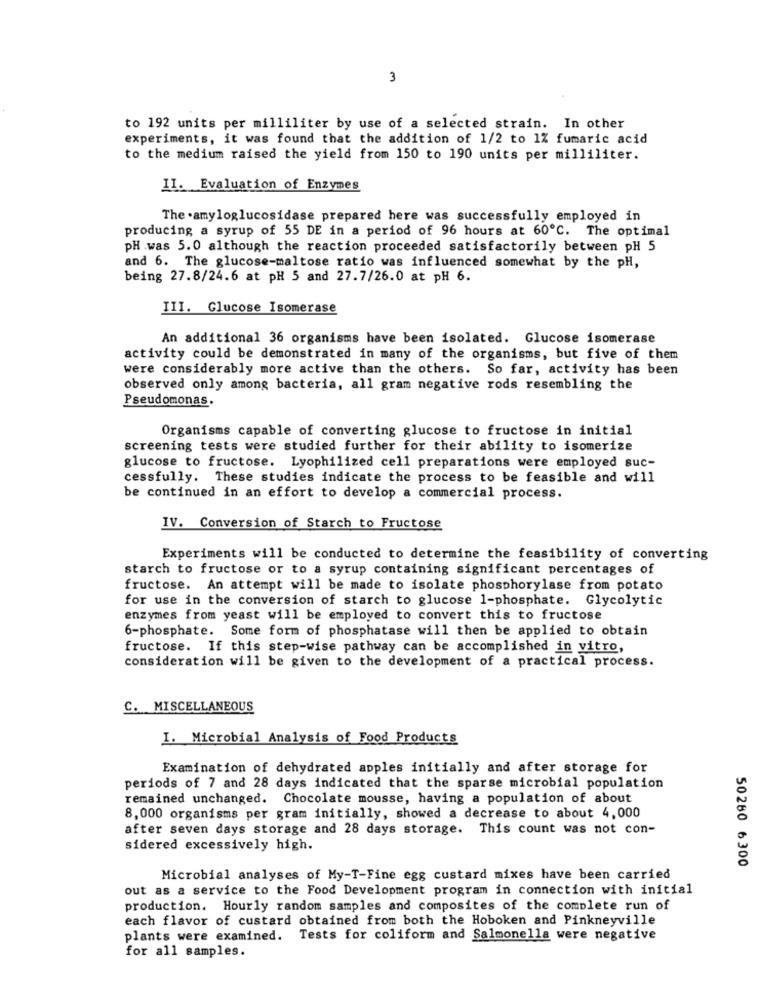
3
to 192 units per milliliter by use of a selected strain. In other
experiments, it was found that the addition of 1/2 to 1% fumaric acid
to the medium raised the yield from 150 to 190 units per milliliter.
II. Evaluation of Enzymes
The . amyloglucosidase prepared here was successfully employed in
producing a syrup of 55 DE in a period of 96 hours at 60℃. The optimal
pH was 5.0 although the reaction proceeded satisfactorily between pH 5
and 6. The glucose-maltose ratio was influenced somewhat by the pH,
being 27.8/24.6 at pH 5 and 27.7/26.0 at pH 6.
III. Glucose Isomerase
An additional 36 organisms have been isolated. Glucose isomerase
activity could be demonstrated in many of the organisms, but five of them
were considerably more active than the others. So far, activity has been
observed only among bacteria, all gram negative rods resembling the
Pseudomonas.
Organisms capable of converting glucose to fructose in initial
screening tests were studied further for their ability to isomerize
glucose to fructose. Lyophilized cell preparations were employed suc-
cessfully. These studies indicate the process to be feasible and will
be continued in an effort to develop a commercial process.
IV. Conversion of Starch to Fructose
Experiments will be conducted to determine the feasibility of converting
starch to fructose or to a syrup containing significant percentages of
fructose. An attempt will be made to isolate phosphorylase from potato
for use in the conversion of starch to glucose 1-phosphate. Glycolytic
enzymes from yeast will be employed to convert this to fructose
6-phosphate. Some form of phosphatase will then be applied to obtain
fructose. If this step-wise pathway can be accomplished in vitro,
consideration will be given to the development of a practical process.
C. MISCELLANEOUS
I. Microbial Analysis of Food Products
Examination of dehydrated apples initially and after storage for
periods of 7 and 28 days indicated that the sparse microbial population
remained unchanged. Chocolate mousse, having a population of about
8,000 organisms per gram initially, showed a decrease to about 4,000
after seven days storage and 28 days storage. This count was not con-
sidered excessively high.
50260 6300
Microbial analyses of My-T-Fine egg custard mixes have been carried
out as a service to the Food Development program in connection with initial
production. Hourly random samples and composites of the complete run of
each flavor of custard obtained from both the Hoboken and Pinkneyville
plants were examined. Tests for coliform and Salmonella were negative
for all samples.